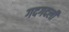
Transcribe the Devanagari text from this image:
गदगदली